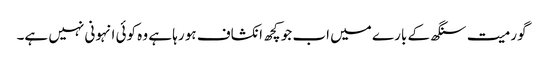
گورمیت سنگھ کے بارے میں اب جو کچھ انکشاف ہو رہا ہے وہ کوئی انہونی نہیں ہے۔